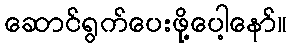
ဆောင်ရွက်ပေးဖို့ပေါ့နော်။